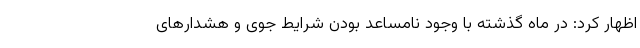
اظهار کرد: در ماه گذشته با وجود نامساعد بودن شرایط جوی و هشدارهای